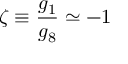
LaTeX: \zeta \equiv \frac { g _ { 1 } } { g _ { 8 } } \simeq - 1